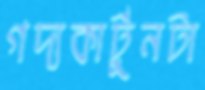
গদ্যকার্টুনটা